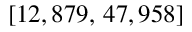
[ 1 2 , 8 7 9 , \, 4 7 , 9 5 8 ]